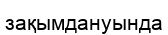
зақымдануында